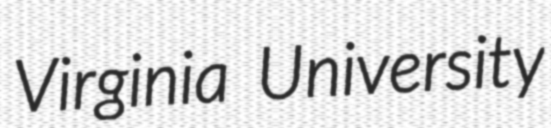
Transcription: Virginia University